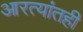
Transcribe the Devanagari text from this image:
आरत्यांतही